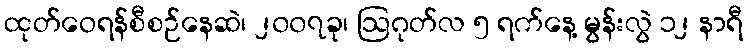
ထုတ်ဝေရန်စီစဉ်နေဆဲ၊ ၂၀၀၇ခု၊ ဩဂုတ်လ ၅ ရက်နေ့ မွန်းလွဲ ၁၂ နာရီ